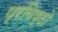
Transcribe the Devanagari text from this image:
प्रविष्टो